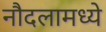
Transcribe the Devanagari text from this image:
नौदलामध्ये